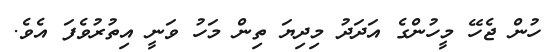
ހުން ޖެހޭ މީހުންގެ އަދަދު މިދިޔަ ތިން މަހު ވަނީ އިތުރުވެފަ އެވެ.